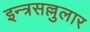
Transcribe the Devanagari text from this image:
इन्त्रसल्लुलार